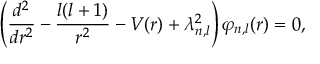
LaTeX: \left( \frac { d ^ { 2 } } { d r ^ { 2 } } - \frac { l ( l + 1 ) } { r ^ { 2 } } - V ( r ) + \lambda _ { n , l } ^ { 2 } \right) \varphi _ { n , l } ( r ) = 0 ,